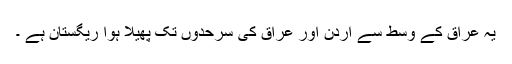
یہ عراق کے وسط سے اردن اور عراق کی سرحدوں تک پھیلا ہوا ریگستان ہے ۔